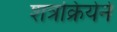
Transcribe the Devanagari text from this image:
शत्रक्रियेने